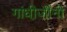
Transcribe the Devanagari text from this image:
गांधी़जींनी